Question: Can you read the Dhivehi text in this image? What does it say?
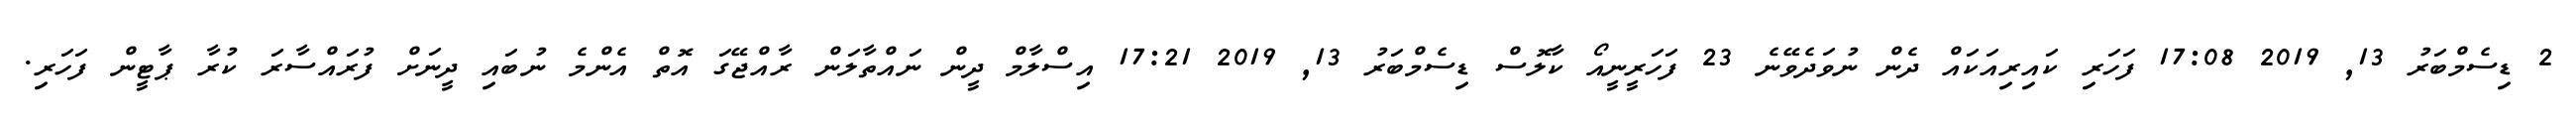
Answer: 2 ޑިސެމްބަރު 13, 2019 17:08 ފަހަރި ކައިރިއަކައް ދެން ނުވަދެވޭނެ 23 ފަހަރީނީއޯ ކާލޮސް ޑިސެމްބަރު 13, 2019 17:21 އިސްލާމް ދީން ނައްތާލަން ރާއްޖޭގަ އޮތް އެންމެ ނުބައި ދީނަށް ފުރައްސާރަ ކުރާ ޕާޓީން ފަހަރި.